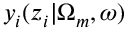
y _ { i } ( z _ { i } | \Omega _ { m } , \omega )